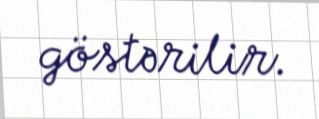
göstərilir.